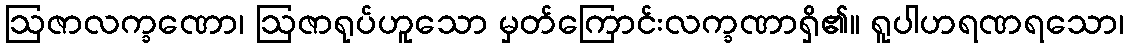
ဩဇာလက္ခဏော၊ ဩဇာရုပ်ဟူသော မှတ်ကြောင်းလက္ခဏာရှိ၏။ ရူပါဟရဏရသော၊